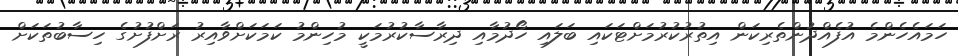
ހަމައެހެންމެ އުފެއްދުންތެރިކަން އިތުރުކުރުމަށްޓަކައި ބަލައި ހޯދުމާއި ދިރާސާކުރުމަކީ މުހިންމު ކަމަކަށްވާއިރު ރަށްފުށުގެ ހިސާބުތަކަށް